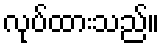
လုပ်ထားသည်။